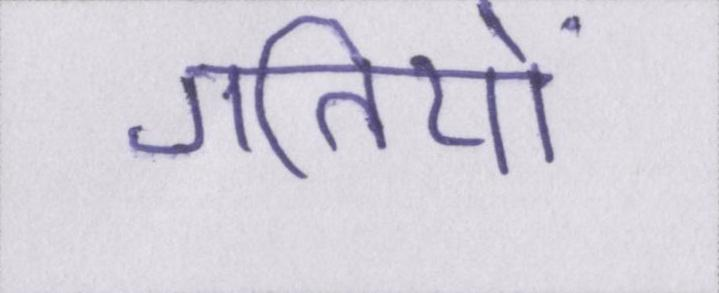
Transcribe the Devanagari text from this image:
गतियों